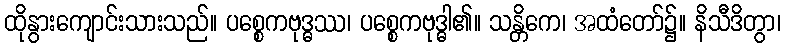
ထိုနွားကျောင်းသားသည်။ ပစ္စေကဗုဒ္ဓဿ၊ ပစ္စေကဗုဒ္ဓါ၏။ သန္တိကေ၊ အထံတော်၌။ နိသီဒိတွာ၊